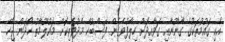
އެކި ގައުމުތަކުގެ ގާނޫނާއި ގަވާއިދަށް ހިލާފުވެގެން ފޭސްބުކް މެދުވެރިކޮށް މައުލޫމާތު ހޯދަން ޖެހޭ